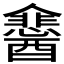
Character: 𮡉